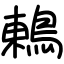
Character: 鶇